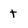
Character: t